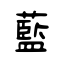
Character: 藍